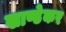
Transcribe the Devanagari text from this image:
खाण्डेकर